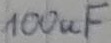
Text: 100uF